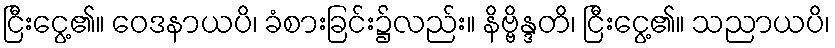
ငြီးငွေ့၏။ ဝေဒနာယပိ၊ ခံစားခြင်း၌လည်း။ နိဗ္ဗိန္ဒတိ၊ ငြီးငွေ့၏။ သညာယပိ၊